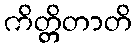
ကိတ္တိတာတိ